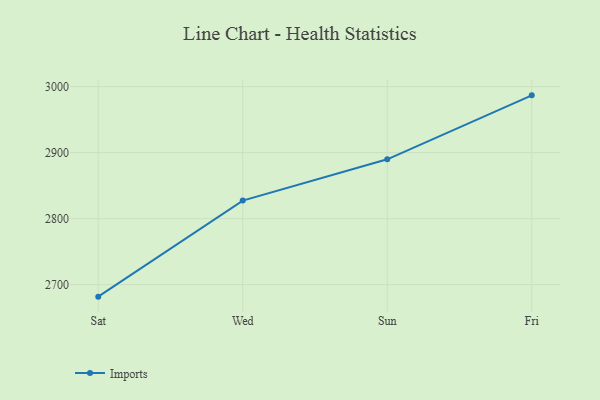
{"axis": {"x": "Day", "y": "Humidity (%)"}, "legend": ["Imports"], "data": [{"x": "Sat", "y": 2681.8, "type": "Imports"}, {"x": "Wed", "y": 2827.4, "type": "Imports"}, {"x": "Sun", "y": 2889.9, "type": "Imports"}, {"x": "Fri", "y": 2986.8, "type": "Imports"}]}